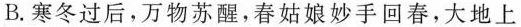
B.寒冬过后，万物苏醒，春姑娘妙手回春，大地上